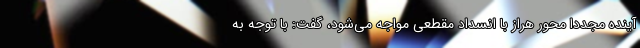
آینده مجددا محور هراز با انسداد مقطعی مواجه می‌شود، گفت: با توجه به